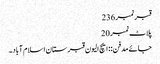
قبرنمبر 236
پلاٹ نمبر 20
جائے مدفن:: ایچ الیون قبرستان اسلام آباد۔